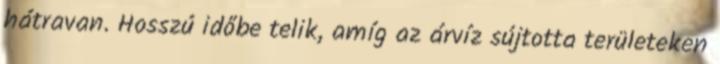
hátravan. Hosszú időbe telik, amíg az árvíz sújtotta területeken